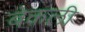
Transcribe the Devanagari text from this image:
बेकली